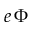
e \, \Phi